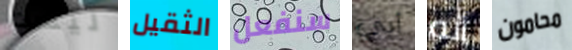
ليست الثقيل سنفعل أبي أنه محامون